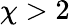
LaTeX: \chi>2